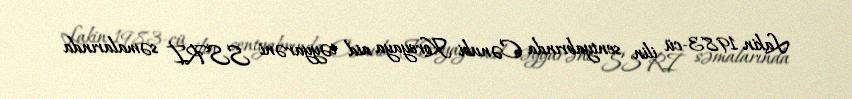
Lakin 1983-cü ilin sentyabrında Cənubi Koreyaya aid təyyarəni SSRİ səmalarında